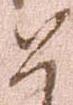
如